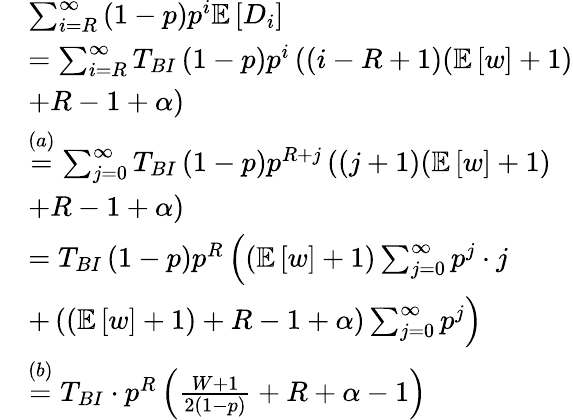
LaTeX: \begin{array}{rl}&{\sum_{i=R}^{\infty}\left(1-p\right)p^{i}\mathbb{E}\left[{D}_{i}\right]}\\ &{=\sum_{i=R}^{\infty}T_{BI}\left(1-p\right)p^{i}\left((i-R+1)(\mathbb{E}\left[w\right]+1)\right.}\\ &{\left.+R-1+\alpha\right)}\\ &{\stackrel{{(a)}}=\sum_{j=0}^{\infty}T_{BI}\left(1-p\right)p^{R+j}\left(\left(j+1\right)(\mathbb{E}\left[w\right]+1)\right.}\\ &{\left.+R-1+\alpha\right)}\\ &{=T_{BI}\left(1-p\right)p^{R}\left(\left(\mathbb{E}\left[w\right]+1\right)\sum_{j=0}^{\infty}p^{j}\cdot j\right.}\\ &{\left.+\left((\mathbb{E}\left[w\right]+1)+R-1+\alpha\right)\sum_{j=0}^{\infty}p^{j}\right)}\\ &{\stackrel{{(b)}}=T_{BI}\cdot p^{R}\left(\frac{W+1}{2(1-p)}+R+\alpha-1\right)}\end{array}